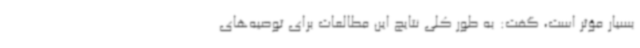
بسیار مؤثر است، گفت: به طور کلی نتایج این مطالعات برای توصیه‌های